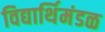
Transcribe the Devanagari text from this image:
विद्यार्थिमंडळ